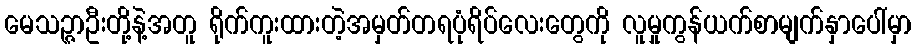
မေသဉ္ဇာဦးတို့နဲ့အတူ ရိုက်ကူးထားတဲ့အမှတ်တရပုံရိပ်လေးတွေကို လူမှုကွန်ယက်စာမျက်နှာပေါ်မှာ